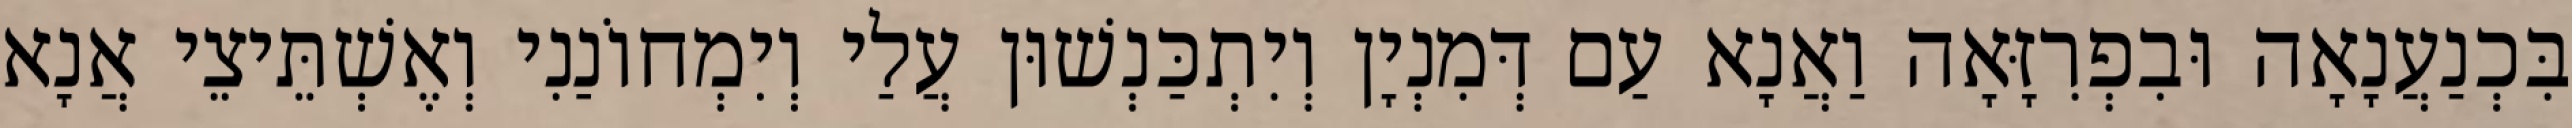
בִּכְנַעֲנָאָה וּבִפְרִזָּאָה וַאֲנָא עַם דְּמִנְיָן וְיִתְכַּנְשׁוּן עֲלַי וְיִמְחוֹנַנִי וְאֶשְׁתֵּיצֵי אֲנָא